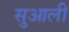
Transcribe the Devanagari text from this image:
सुआली